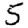
Digit: 5